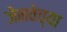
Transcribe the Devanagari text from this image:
जेनवेच्या